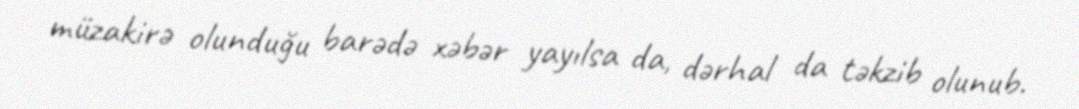
müzakirə olunduğu barədə xəbər yayılsa da, dərhal da təkzib olunub.